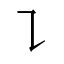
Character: ㇊